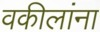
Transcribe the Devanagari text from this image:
वकीलांना